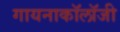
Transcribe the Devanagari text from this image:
गायनाकॉलॉजी